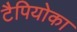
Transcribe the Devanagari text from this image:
टैपियोका